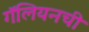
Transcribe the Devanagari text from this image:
गॅलियनची